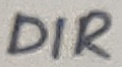
Text: DIR